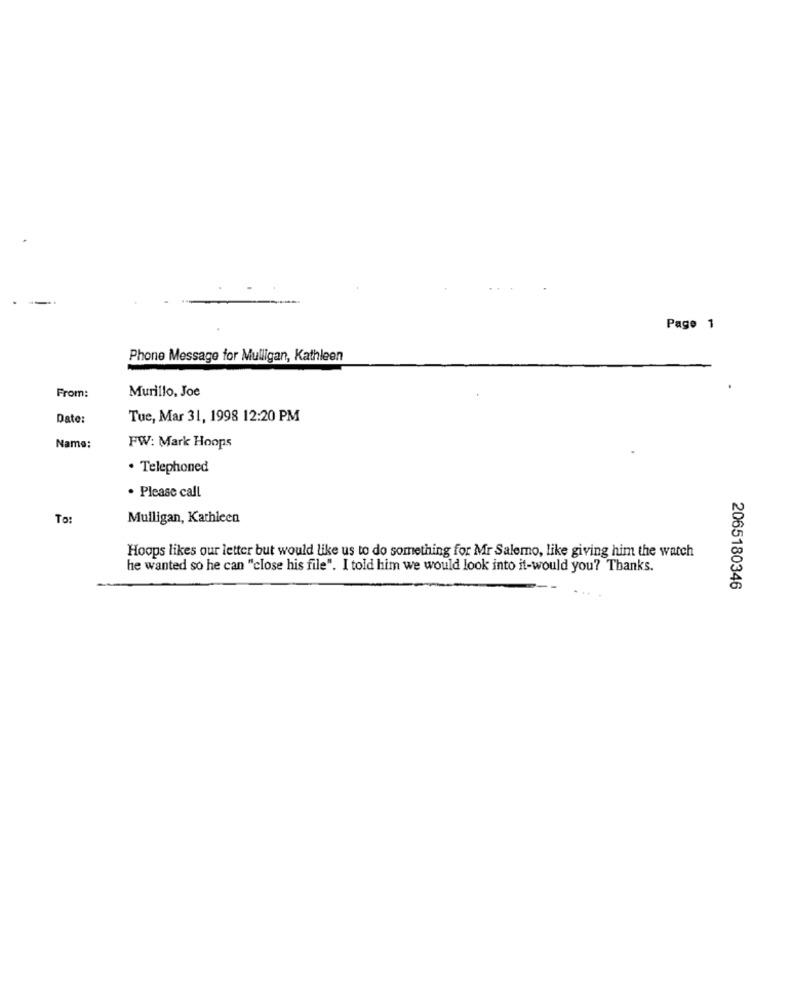
Page 1
Phone Message for Mulligan, Kathleen
From:
Murillo, Joe
Date:
Tue, Mar 31, 1998 12:20 PM
Name:
FW: Mark Hoops
· Telephoned
. Please call
To:
Mulligan, Kathleen
Hoops likes our letter but would like us to do something for Mr Salerno, like giving him the watch
he wanted so he can "close his file". I told him we would look into it-would you? Thanks.
2065180346